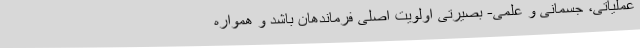
عملیاتی، جسمانی و علمی- بصیرتی اولویت اصلی فرماندهان باشد و همواره